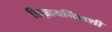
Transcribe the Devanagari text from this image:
डिझायनिंगशी